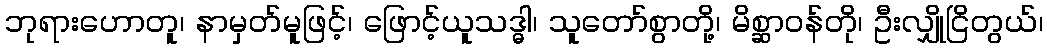
ဘုရားဟောတူ၊ နာမှတ်မူဖြင့်၊ ဖြောင့်ယူသဒ္ဓါ၊ သူတော်စွာတို့၊ မိစ္ဆာဝန်တို၊ ဦးလျှိုငြိတွယ်၊